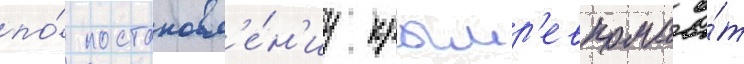
по́ постановл'е́н'иу крымр'евкома о́т